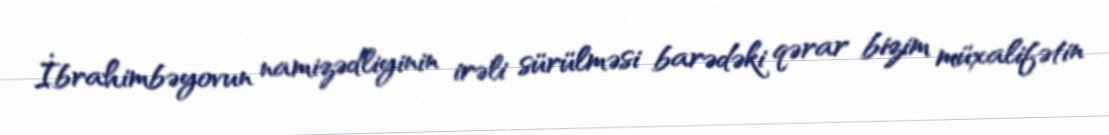
İbrahimbəyovun namizədliyinin irəli sürülməsi barədəki qərar bizim müxalifətin